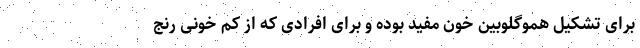
برای تشکیل هموگلوبین خون مفید بوده و برای افرادی که از کم خونی رنج